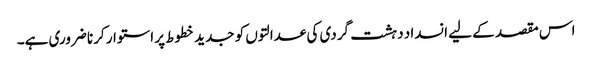
اس مقصد کے لیے انسداد دہشت گردی کی عدالتوں کو جدید خطوط پر استوار کرنا ضروری ہے۔